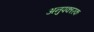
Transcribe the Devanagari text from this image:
अनुपकारक